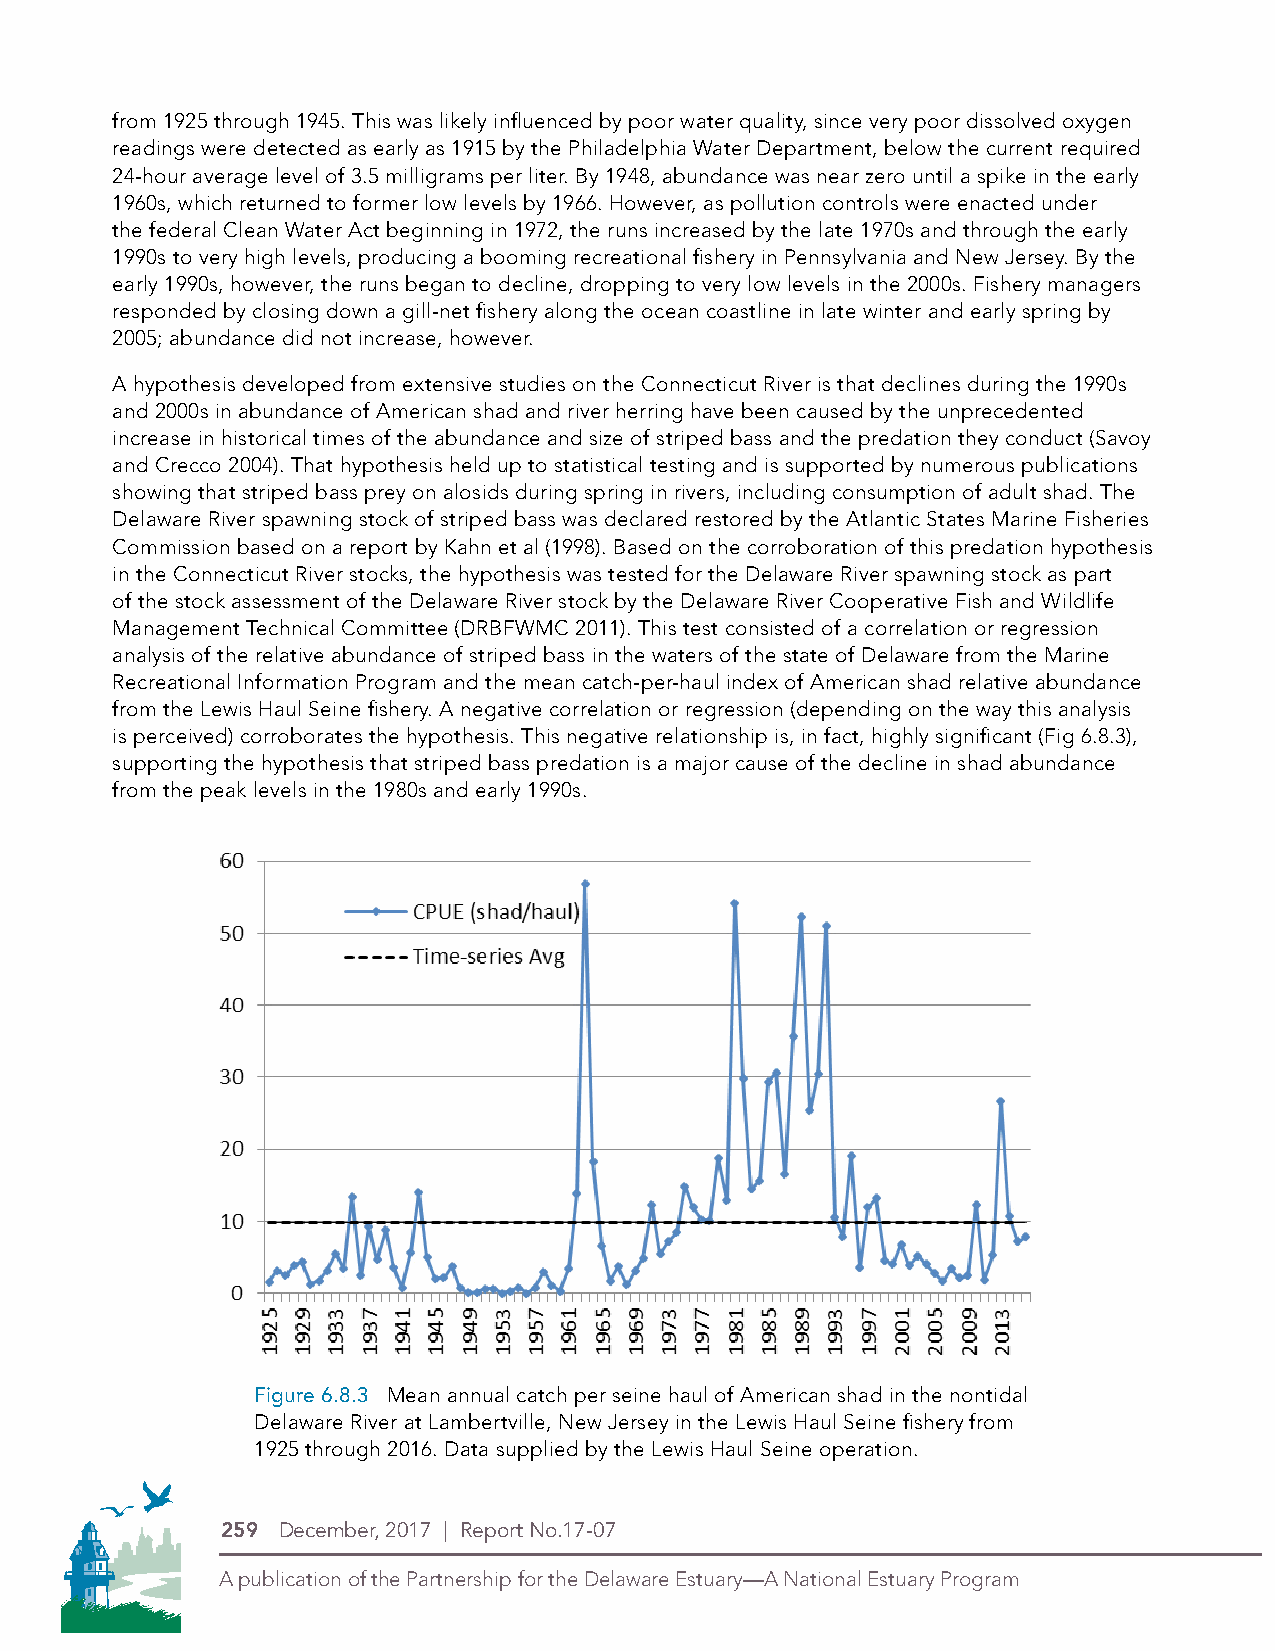
from 1925 through 1945. This was likely influenced by poor water quality, since very poor dissolved oxygen
 readings were detected as early as 1915 by the Philadelphia Water Department, below the current required
 24-hour average level of 3.5 milligrams per liter. By 1948, abundance was near zero until a spike in the early
 1960s, which returned to former low levels by 1966. However, as pollution controls were enacted under
 the federal Clean Water Act beginning in 1972, the runs increased by the late 1970s and through the early
 1990s to very high levels, producing a booming recreational fishery in Pennsylvania and New Jersey. By the
 early 1990s, however, the runs began to decline, dropping to very low levels in the 2000s. Fishery managers
 responded by closing down a gill-net fishery along the ocean coastline in late winter and early spring by
 2005; abundance did not increase, however.
 A hypothesis developed from extensive studies on the Connecticut River is that declines during the 1990s
 and 2000s in abundance of American shad and river herring have been caused by the unprecedented
 increase in historical times of the abundance and size of striped bass and the predation they conduct (Savoy
 and Crecco 2004). That hypothesis held up to statistical testing and is supported by numerous publications
 showing that striped bass prey on alosids during spring in rivers, including consumption of adult shad. The
 Delaware River spawning stock of striped bass was declared restored by the Atlantic States Marine Fisheries
 Commission based on a report by Kahn et al (1998). Based on the corroboration of this predation hypothesis
 in the Connecticut River stocks, the hypothesis was tested for the Delaware River spawning stock as part
 of the stock assessment of the Delaware River stock by the Delaware River Cooperative Fish and Wildlife
 Management Technical Committee (DRBFWMC 2011). This test consisted of a correlation or regression
 analysis of the relative abundance of striped bass in the waters of the state of Delaware from the Marine
 Recreational Information Program and the mean catch-per-haul index of American shad relative abundance
 from the Lewis Haul Seine fishery. A negative correlation or regression (depending on the way this analysis
 is perceived) corroborates the hypothesis. This negative relationship is, in fact, highly significant (Fig 6.8.3),
 supporting the hypothesis that striped bass predation is a major cause of the decline in shad abundance
 from the peak levels in the 1980s and early 1990s.
 Figure 6.8.3 Mean annual catch per seine haul of American shad in the nontidal
 PDE Logos in 4-Color Process (CMYK)
 Delaware River at Lambertville, New Jersey in the Lewis Haul Seine fishery from
 THI1S 9IS 2TH5E NthEWro LOuGgOh 2016. Data supplied by the Lewis Haul Seine operation.
 259 December, 2017 | Report No.17-07
 A publication of the Partnership for the Delaware Estuary—A National Estuary Program A publication of the Partnership for the Delaware Estuary—A National Estuary Program
 Symbol Alone
 Logo with stacked type
 Type Alone